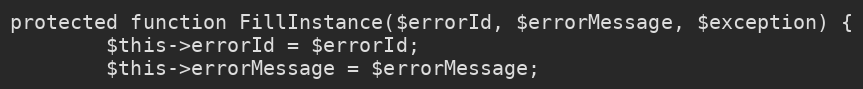
Language: PHP
protected function FillInstance($errorId, $errorMessage, $exception) {
        $this->errorId = $errorId;
        $this->errorMessage = $errorMessage;